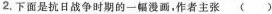
2，下面是抗日战争时期的一幅漫画，作者主张()